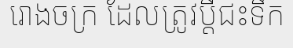
រោងចក្រ ដែលត្រូវប្តីជះទឹក